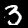
Label: 3